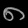
Digit: ၈